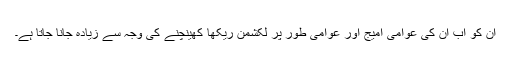
ان کو اب ان کی عوامی امیج اور عوامی طور پر لکشمن ریکھا کھینچنے کی وجہ سے زیادہ جانا جاتا ہے۔